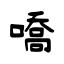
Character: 嘺